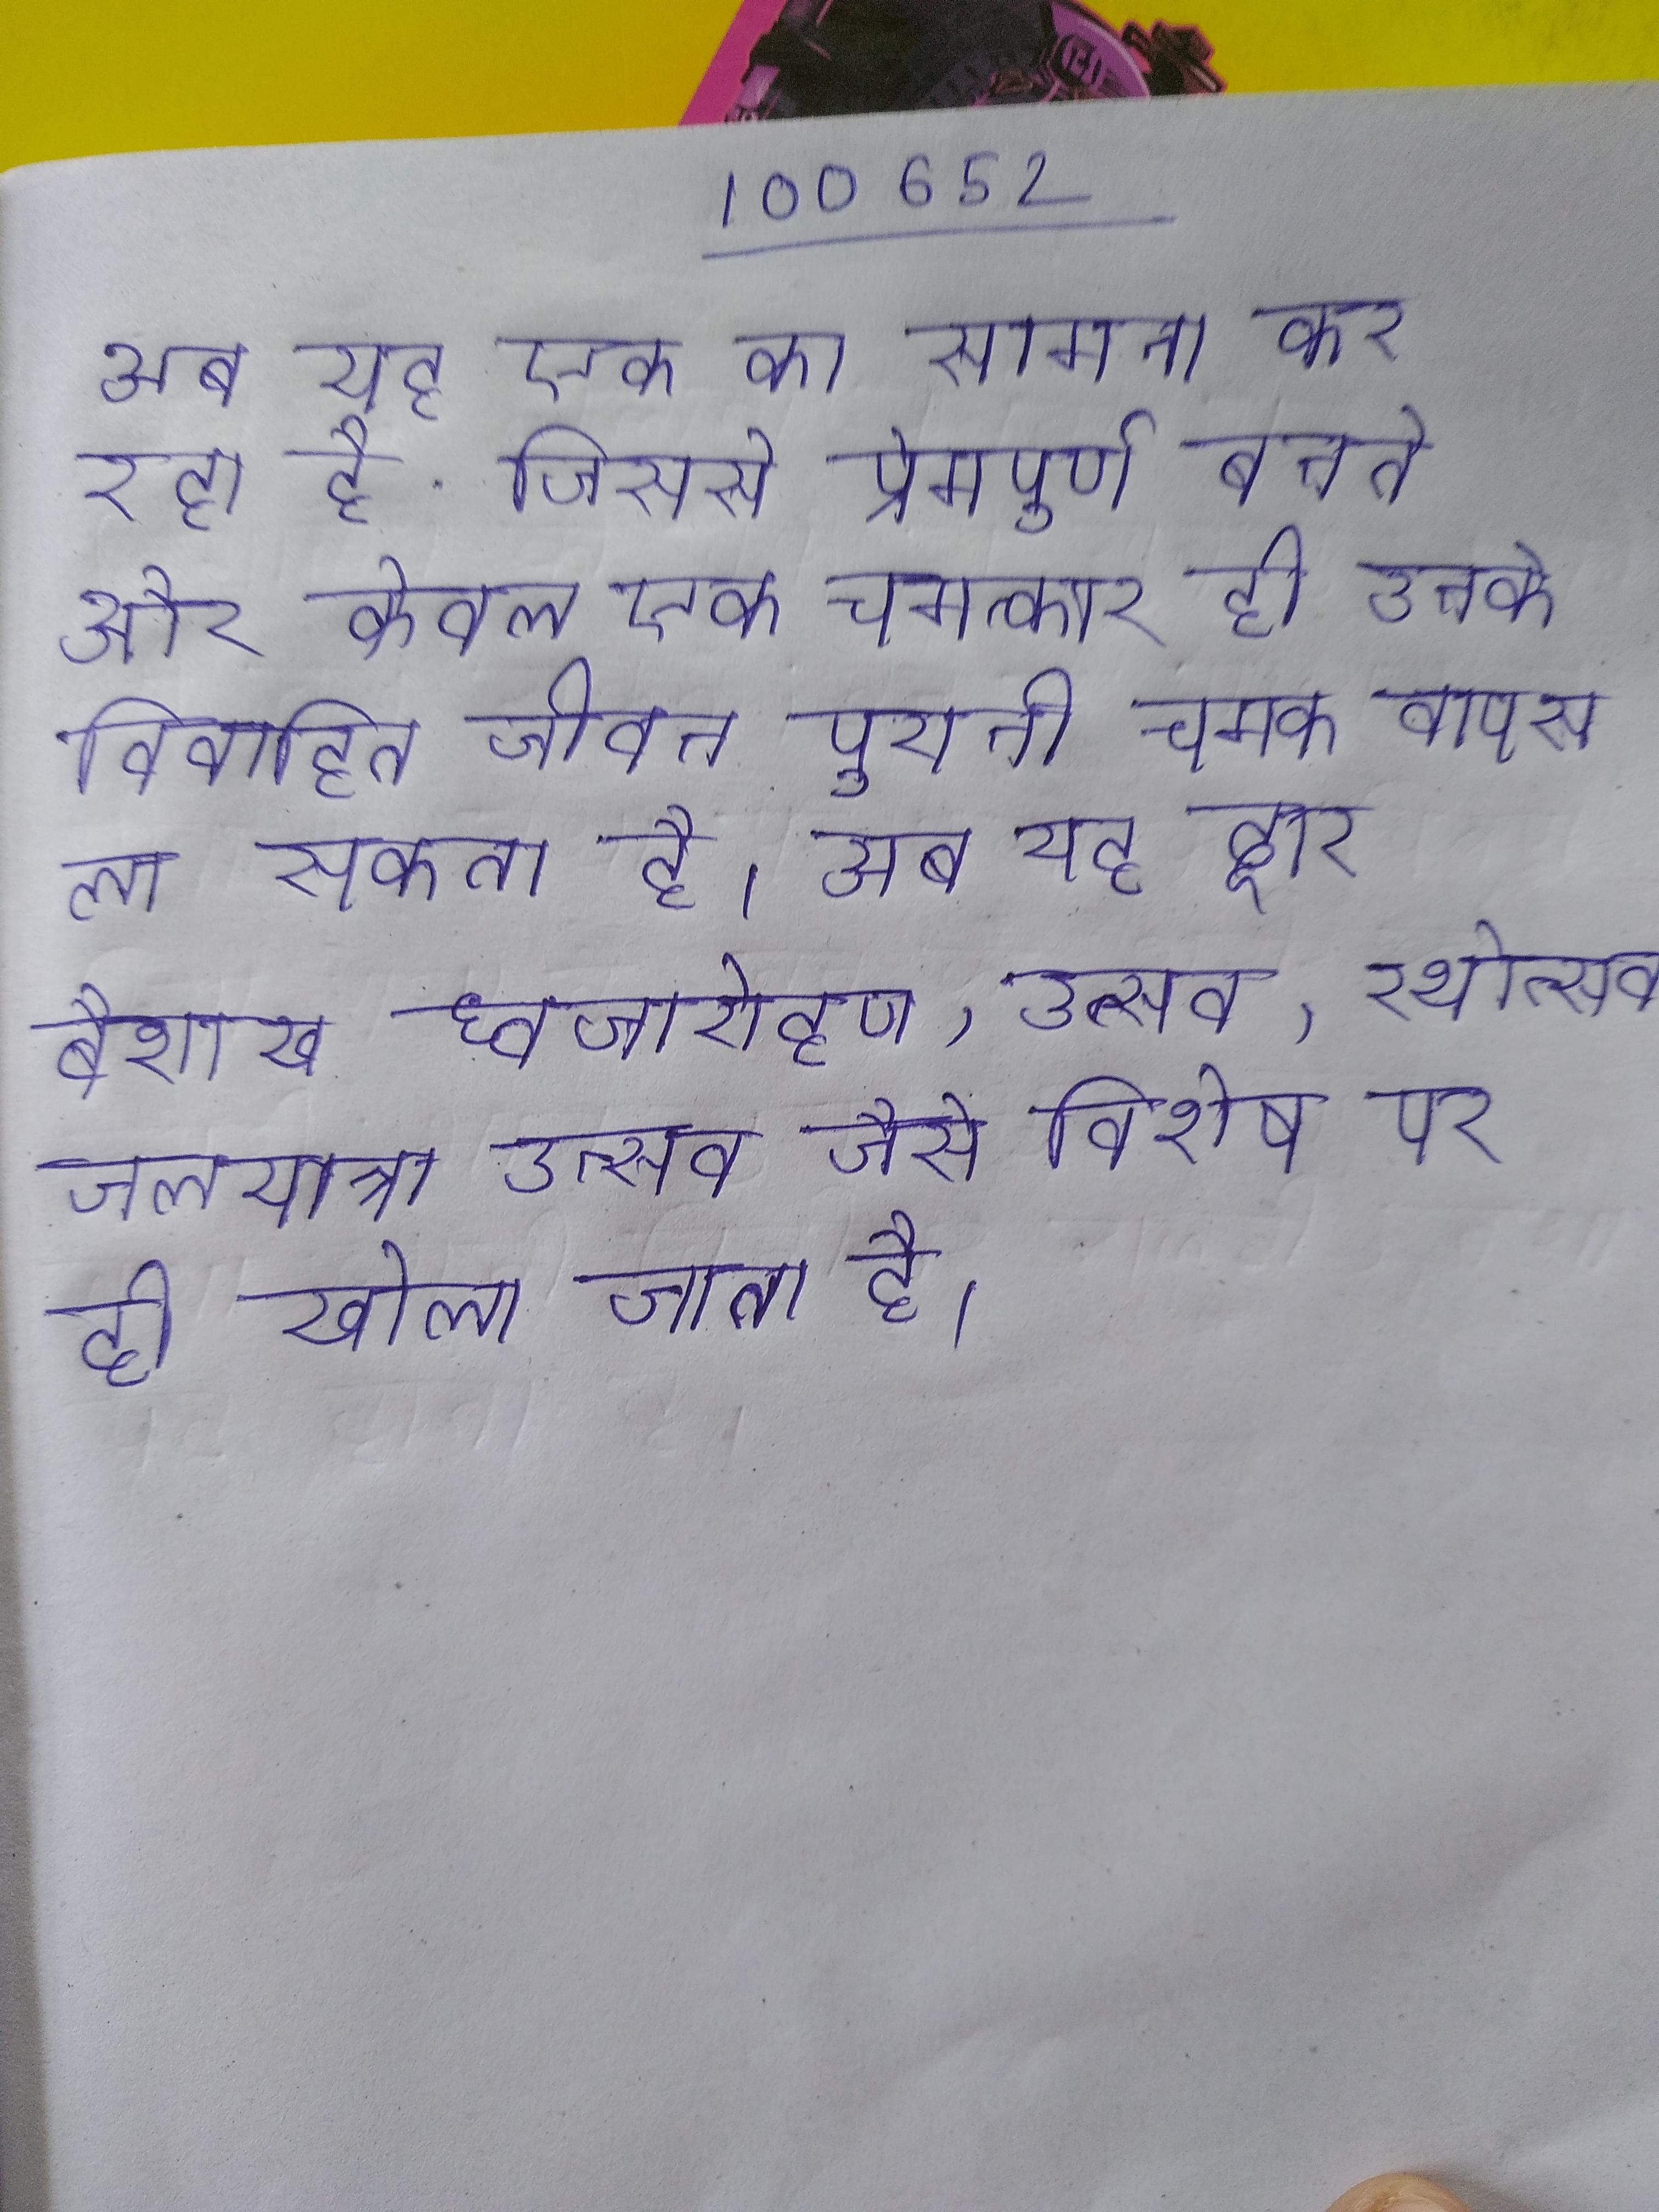
अब यह एक का सामना कर रहा है जिससे प्रेमपूर्ण बनते और केवल एक चमत्कार ही उनके विवाहित जीवन पुरानी चमक वापस ला सकता है । अब यह द्वार बैशाख ध्वजारोहण, उत्सव, रथोत्सव, जलयात्रा उत्सव जैसे विशेष पर ही खोला जाता है ।